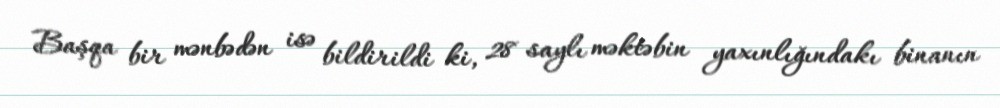
Başqa bir mənbədən isə bildirildi ki, 28 saylı məktəbin yaxınlığındakı binanın